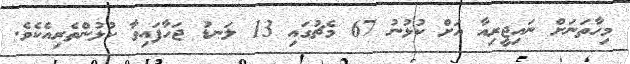
މިހާތަނަށް ނައިޖީރިއާ އަށް ކުޅުނު 67 މެޗުގައި 13 ލަނޑު ޖަހާފައިވާ ކުޅުންތެރިއެކެވެ.